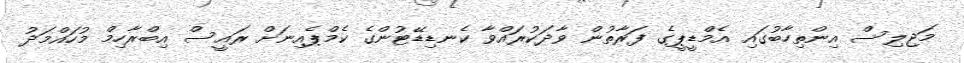
މަޖިލިސް އިންތިހާބުގައި އެމްޑީޕީގެ ފަރާތުން ވާދަކުރައްވާ ކެނޑިޑޭޓުންގެ ކެމްޕެއިނަށް ރައީސް އިބްރާހިމް މުހައްމަދު